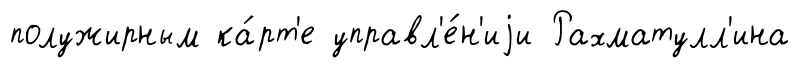
полужирным ка́рт'е управл'е́н'иjи Рахматулл'ина